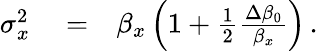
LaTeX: \begin{array}{rlr}{\sigma_{x}^{2}}&{{}=}&{\beta_{x}\left(1+\frac{1}{2}\frac{\Delta\beta_{0}}{\beta_{x}}\right)\, .}\end{array}